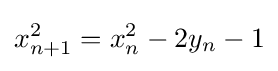
{\begin{aligned}x_{n+1}^{2}=x_{n}^{2}-2y_{n}-1\end{aligned}}